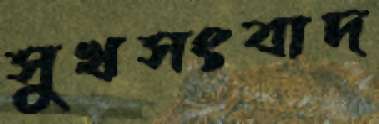
সুখসংবাদ